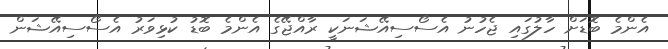
އެންމެ ބޮޑަށް ހާލުގައި ޖެހުނު އެސޯސިއޭޝަނަކީ ރާއްޖޭގެ އެންމެ ބޮޑު ކުޅިވަރު އެސޯސިއޭޝަން